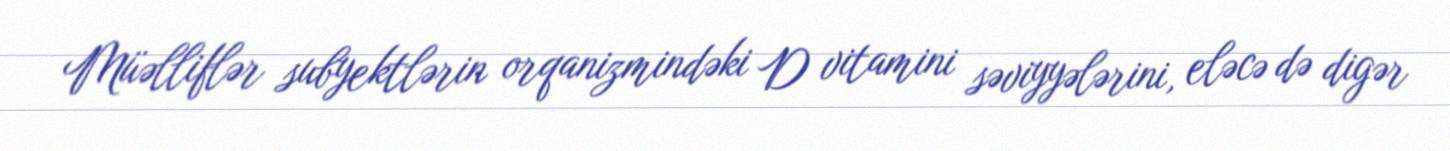
Müəlliflər subyektlərin orqanizmindəki D vitamini səviyyələrini, eləcə də digər